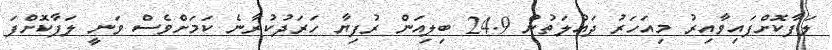
ލަފާކޮށްފައިވާއިރު މިއަހަރު ދައުލަތުން 24.9 ބިލިއަން ރުފިޔާ ހަރަދުކުރާނެ ކަމަށްވެސް ވަނީ ލަފާކޮށްފަ